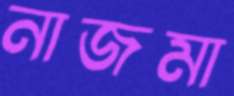
নাজমা